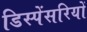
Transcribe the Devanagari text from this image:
डिस्पेंसरियों